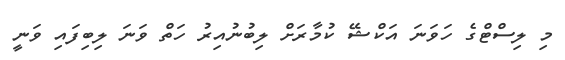
މި ލިސްޓްގެ ހަވަނަ އަކްޝޭ ކުމާރަށް ލިބުނުއިރު ހަތް ވަނަ ލިބިފައި ވަނީ